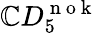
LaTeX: \mathbb{C}D_{5}^{\mathrm{{~n~o~k~}}}